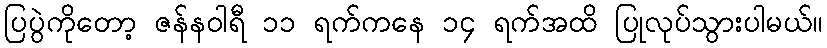
ပြပွဲကိုတော့ ဇန်နဝါရီ ၁၁ ရက်ကနေ ၁၄ ရက်အထိ ပြုလုပ်သွားပါမယ်။